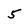
Character: 5